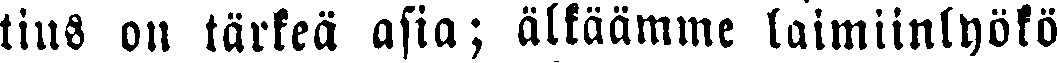
tius on tärkeä asia; älkäämme laimiinlyökö